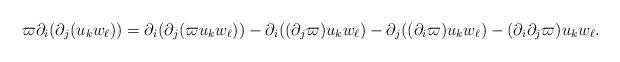
LaTeX: \begin{align*}\varpi \partial_i(\partial_j(u_k w_\ell))=\partial_i(\partial_j(\varpi u_k w_\ell))-\partial_i((\partial_j\varpi)u_kw_\ell)-\partial_j((\partial_i\varpi)u_kw_\ell)-(\partial_i\partial_j\varpi)u_kw_\ell.\end{align*}